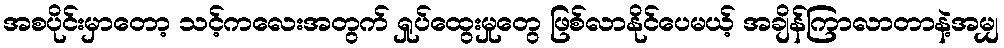
အစပိုင်းမှာတော့ သင့်ကလေးအတွက် ရှုပ်ထွေးမှုတွေ ဖြစ်လာနိုင်ပေမယ့် အချိန်ကြာလာတာနဲ့အမျှ